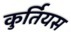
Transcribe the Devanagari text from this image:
कुर्तियस